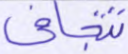
تتجافى